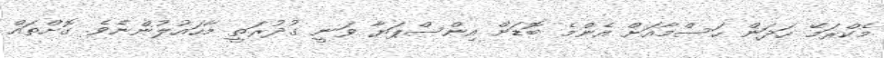
މެކްރަމޭ ހަދަން ހަސްމާއަށް އެންމެ ބޮޑަށް އިންސްޕަޔާ ވަނީ ގުދުރަތީ މާހައުލުންނެވެ. ގޮށްތައް